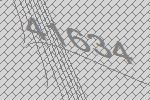
41634